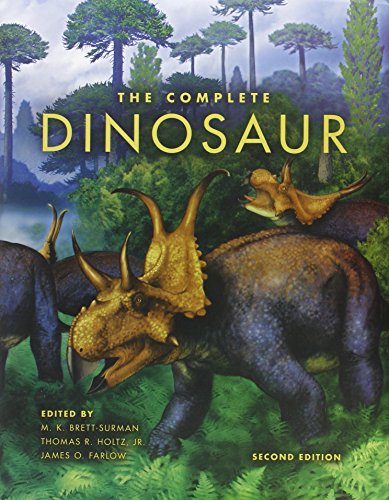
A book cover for The Complete Dinosaur (Life of the Past); Science & Math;